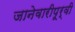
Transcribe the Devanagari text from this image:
जानेवारीपूर्वी